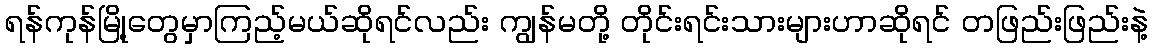
ရန်ကုန်မြို့တွေမှာကြည့်မယ်ဆိုရင်လည်း ကျွန်မတို့ တိုင်းရင်းသားများဟာဆိုရင် တဖြည်းဖြည်းနဲ့